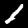
Digit: 1